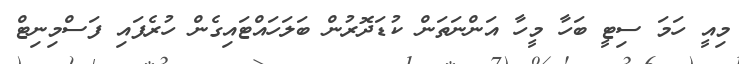
މިއީ ހަމަ ސިޓީ ބަހާ މީހާ އަންނަތަން ކުޑަދޮރުން ބަލަހައްޓައިގެން ހުރެފައި ފަސްމިނިޓް